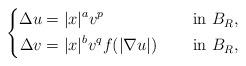
LaTeX: \begin{align*}\left\{\begin{aligned}\Delta u&=|x|^{a}v^{p} &&\quad\mbox{ in } B_R, \\\Delta v&=|x|^{b}v^{q}f(|\nabla u|) &&\quad\mbox{ in } B_R,\end{aligned}\right.\end{align*}